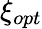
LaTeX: \mathbf{\xi}_{opt}